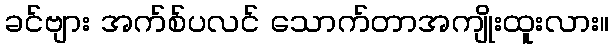
ခင်ဗျား အက်စ်ပလင် သောက်တာအကျိုးထူးလား။